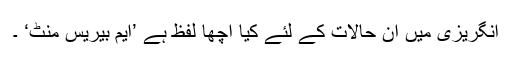
انگریزی میں ان حالات کے لئے کیا اچھا لفظ ہے ’ایم بیریس منٹ‘ ۔